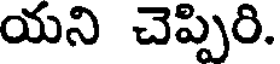
యని చెప్పిరి.